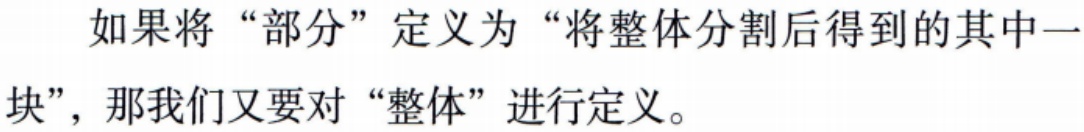
如果将“部分”定义为“将整体分割后得到的其中一块”，那我们又要对“整体”进行定义。